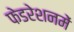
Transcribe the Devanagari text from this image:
फेडरेशनमें